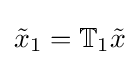
{\tilde {x}}_{1}=\mathbb {T} _{1}{\tilde {x}}